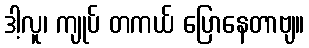
ဒါ့လူ၊ ကျုပ် တကယ် ပြောနေတာဗျ။